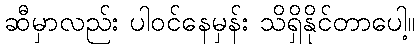
ဆီမှာလည်း ပါဝင်နေမှန်း သိရှိနိုင်တာပေါ့။